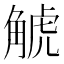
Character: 𧣾